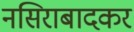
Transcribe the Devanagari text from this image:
नसिराबादकर